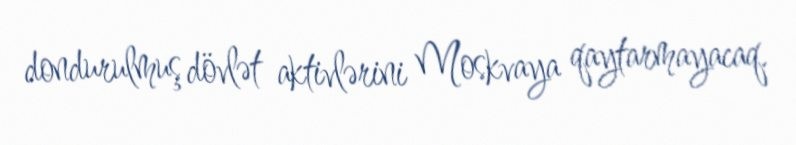
dondurulmuş dövlət aktivlərini Moskvaya qaytarmayacaq.